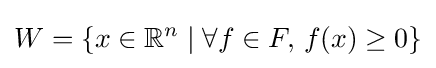
W=\{x\in \mathbb {R} ^{n}\mid \forall f\in F,\,f(x)\geq 0\}